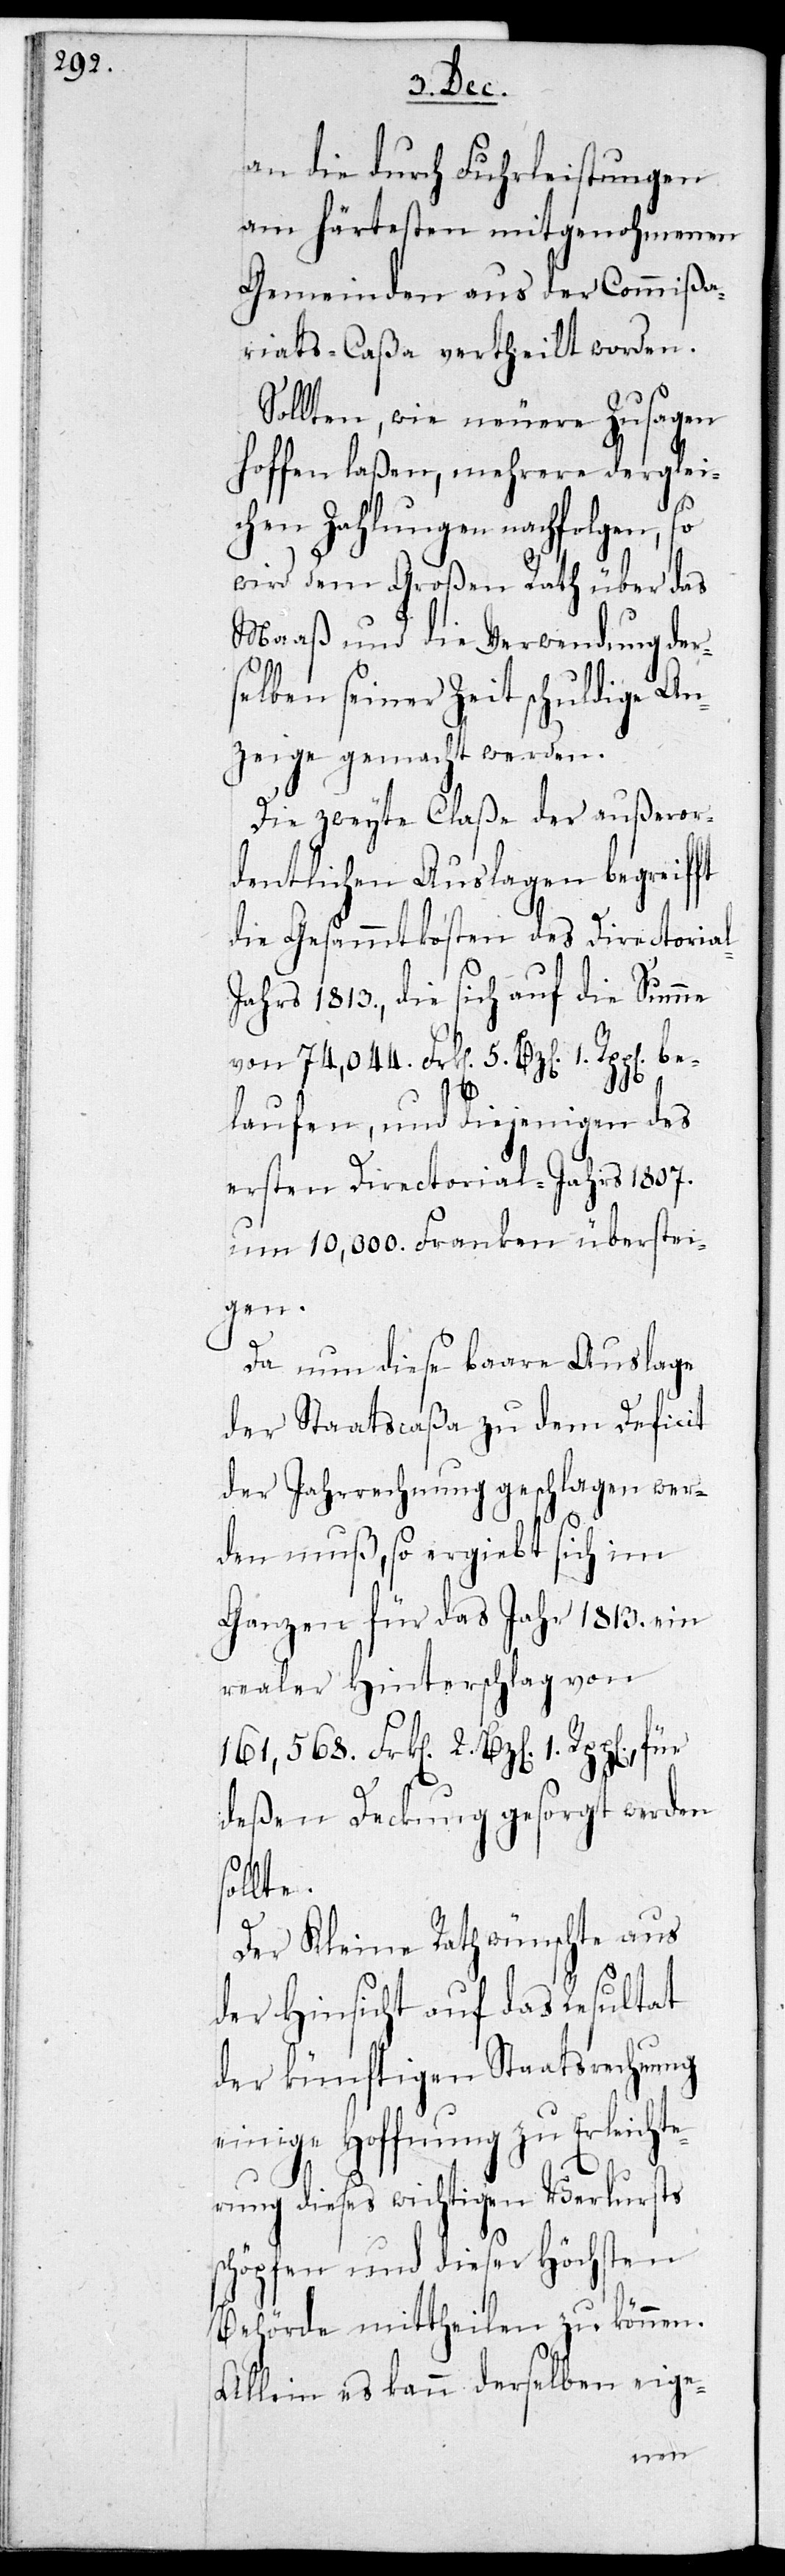
n. be¬
an die durch Fuhrleistungen
am härtesten mitgenohmenen
Gemeinden aus der Commißa¬
riats-Caßa vertheilt worden.
Sollten, wie neuere Zusagen
hoffen laßen, mehrere derglei¬
chen Zahlungen nachfolgen, so
wird dem Großen Rath über das
Maaß und die Verwendung der¬
selben seiner Zeit schuldige An¬
zeige gemacht werden.
Die zweyte Claße der außeror¬
dentlichen Auslagen begreifft
die Gesammtkosten des Directoria¬
ahrs 1813., die sich auf die Summe
von 74,044. Frken. 5. Bzen. 1. Rppe¬
laufen, und diejenigen des
ersten Directorial-Jahrs 1807.
um 10,000. Franken überstei¬
gen.
Da nun diese baare Auslage
der Staatscaßa zu dem Defizit
der Jahrrechnung geschlagen wer¬
den muß, so ergiebt sich im
Ganzen für das Jahr 1813. ein
realer Hinterschlag von
161,568. Frken. 2. Bzen. 1. Rppen.,
deßen Deckung gesorgt werden
sollte.
Der Kleine Rath wünschte aus
der Hinsicht auf das Resultat
der künftigen Staatsrechnung
einige Hoffnung zu Erleichte¬
rung dieses wichtigen Verlursts
schöpfen und dieser höchsten
Behörde mittheilen zu können.
Allein es kann derselben eige-